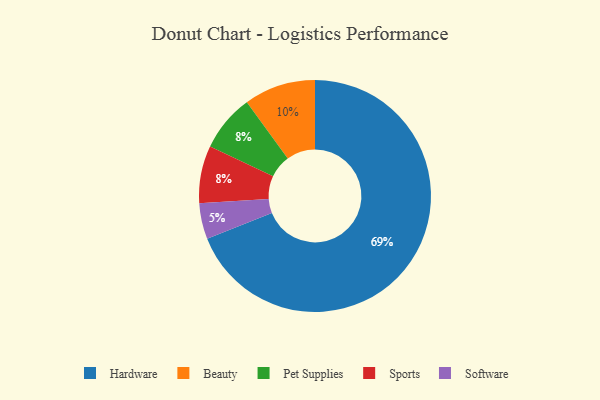
{"axis": {"x": "Category", "y": "Percentage"}, "legend": ["Beauty", "Hardware", "Pet Supplies", "Software", "Sports"], "data": [{"x": "Pet Supplies", "y": 8, "type": "Pet Supplies"}, {"x": "Beauty", "y": 10, "type": "Beauty"}, {"x": "Software", "y": 5, "type": "Software"}, {"x": "Hardware", "y": 69, "type": "Hardware"}, {"x": "Sports", "y": 8, "type": "Sports"}]}